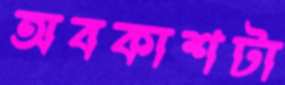
অবকাশটা